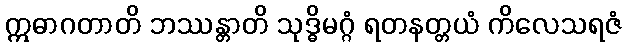
ဣဓာဂတာတိ ဘဿန္တာတိ သုဒ္ဓိမဂ္ဂံ ရတနတ္တယံ ကိလေသရဇံ